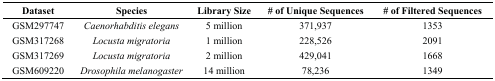
<table><thead><tr><td><b>Dataset</b></td><td><b>Species</b></td><td><b>Library Size</b></td><td><b># of Unique Sequences</b></td><td><b># of Filtered Sequences</b></td></tr></thead><tbody><tr><td>GSM297747</td><td><i>Caenorhabditis elegans</i></td><td>5 million</td><td>371,937</td><td>1353</td></tr><tr><td>GSM317268</td><td><i>Locusta migratoria</i></td><td>1 million</td><td>228,526</td><td>2091</td></tr><tr><td>GSM317269</td><td><i>Locusta migratoria</i></td><td>2 million</td><td>429,041</td><td>1668</td></tr><tr><td>GSM609220</td><td><i>Drosophila melanogaster</i></td><td>14 million</td><td>78,236</td><td>1349</td></tr></tbody></table>